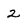
Character: 2